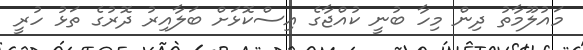
މައުލޫމާތު ދިން މިހާ ބުނީ ކުއްޖާގެ އިސްކޮޅަށް ބަލާއިރު ދޮރުގެ ތަޅު ހުރީ